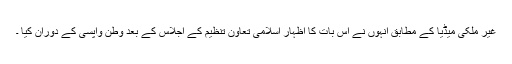
غیر ملکی میڈیا کے مطابق انہوں نے اس بات کا اظہار اسلامی تعاون تنظیم کے اجلاس کے بعد وطن واپسی کے دوران کیا ۔